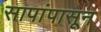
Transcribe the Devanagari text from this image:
सापांपासून